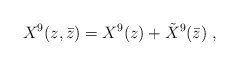
\begin{align*}X^9(z,\bar z) = X^9(z) +{\tilde X}^9(\bar z)\ ,\end{align*}